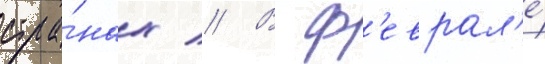
стра́нах // В ф'еврал'е́